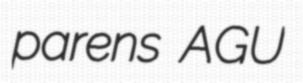
parens AGU